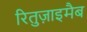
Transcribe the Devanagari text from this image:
रितुज़ाइमैब